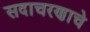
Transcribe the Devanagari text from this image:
सदाचरणाचे